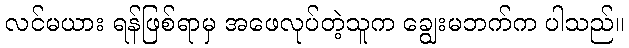
လင်မယား ရန်ဖြစ်ရာမှ အဖေလုပ်တဲ့သူက ချွေးမဘက်က ပါသည်။